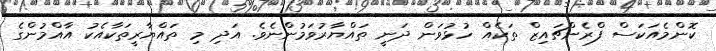
ކޮންމެއަކަސް ފްރެންޗައިޒް ތަކެއް ހުޅުވަން ދަނީ ތައްޔާރުވަމުންނެވެ. އަދި މި ތައްޔާރީތަކާއެކު އާއްމުންގެ